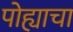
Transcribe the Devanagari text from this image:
पोह्याचा